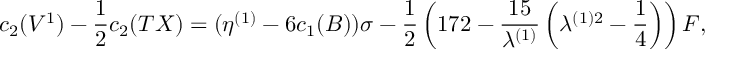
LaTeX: c _ { 2 } ( V ^ { 1 } ) - \frac { 1 } { 2 } c _ { 2 } ( T X ) = ( \eta ^ { ( 1 ) } - 6 c _ { 1 } ( B ) ) \sigma - \frac { 1 } { 2 } \left( 1 7 2 - \frac { 1 5 } { \lambda ^ { ( 1 ) } } \left( \lambda ^ { ( 1 ) 2 } - \frac { 1 } { 4 } \right) \right) F ,